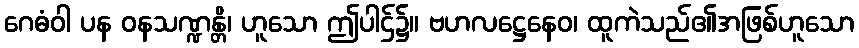
ဂေဓံဝါ ပန ဝနသဏ္ဍန္တိ၊ ဟူသော ဤပါဌ်၌။ ဗဟလဋ္ဌေနေဝ၊ ထူကဲသည်၏အဖြစ်ဟူသော